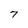
Character: 7